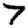
Digit: 7